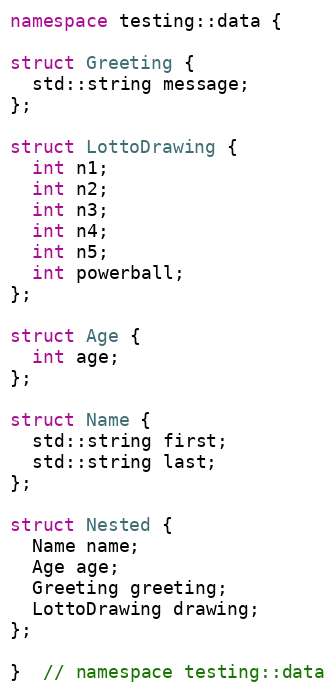
Language: C++
namespace testing::data {

struct Greeting {
  std::string message;
};

struct LottoDrawing {
  int n1;
  int n2;
  int n3;
  int n4;
  int n5;
  int powerball;
};

struct Age {
  int age;
};

struct Name {
  std::string first;
  std::string last;
};

struct Nested {
  Name name;
  Age age;
  Greeting greeting;
  LottoDrawing drawing;
};

}  // namespace testing::data